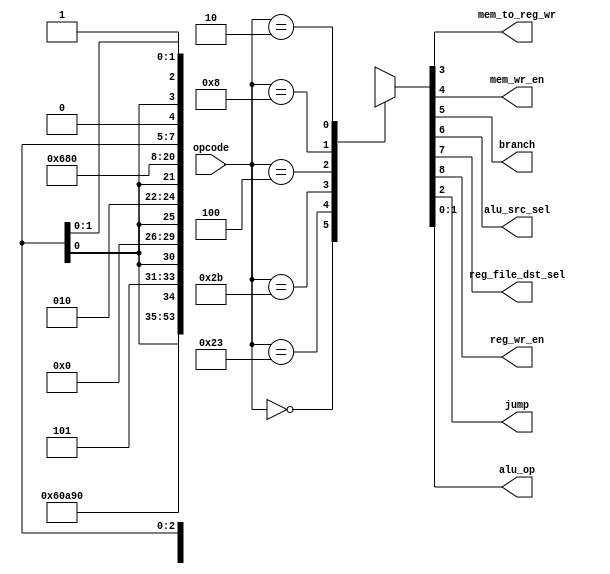
//main-decoder
module main_decoder(
	input [5:0] opcode,
	output mem_to_reg_wr,
	output mem_wr_en,
	output branch,
	output alu_src_sel,
	output reg_file_dst_sel,
	output reg_wr_en,
	output jump,
	output [1:0] alu_op
);
	
	reg [8:0] controls;
	
	always@(*) begin
		case(opcode)
		  6'b000000: controls <= 9'b110000010; //R-type
                  6'b100011: controls <= 9'b101001000; //LW
                  6'b101011: controls <= 9'b0x101x000; //SW
                  6'b000100: controls <= 9'b0x010x001; //BEQ
                  6'b001000: controls <= 9'b101000000; //ADDI
                  6'b000010: controls <= 9'b0xxx0x1xx; //J
                  default:   controls <= 9'bxxxxxxxxx;
		endcase
	end
	
	assign {reg_wr_en, reg_file_dst_sel, alu_src_sel, branch, mem_wr_en, mem_to_reg_wr, jump, alu_op} = controls;
	
endmodule